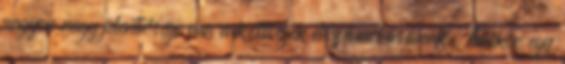
nagyon nagy jelentősége van a költségek elszámolásának. Amikor egy